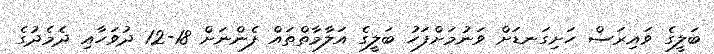
ބަލީގެ ވައިރަސް ހަށިގަނޑަށް ވަނުމަށްފަހު ބަލީގެ އަލާމާތްތައް ފެންނަށް 18-12 ދުވަހާއި ދެމެދުގެ